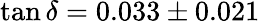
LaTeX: \tan{\delta}=0.033\pm 0.021